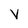
Character: V